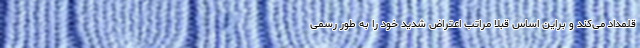
قلمداد می‌کند و براین اساس قبلا مراتب اعتراض شدید خود را به طور رسمی